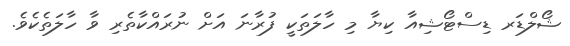
ޝޯލްޑަރ ޑިސްޓޯޝިއާ ކިޔާ މި ހާލަތަކީ ފުރާނަ އަށް ނުރައްކާތެރި ވާ ހާލަތެކެވެ.